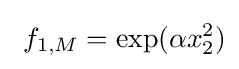
\ f_{1,M}={\rm {exp}}(\alpha x_{2}^{2})